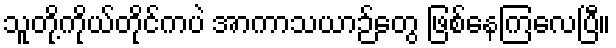
သူတို့ကိုယ်တိုင်ကပဲ အာကာသယာဉ်တွေ ဖြစ်နေကြလေပြီ။